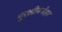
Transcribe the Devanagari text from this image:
मुरलीमनोहर